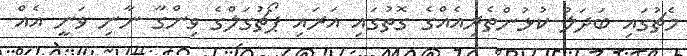
މެޗުގައި ބަދަލު ކުޅުންތެރިއެއްގެ ގޮތުގައި އަރައި ޕޯޗުގަލްގެ ވިންގާ ނާނި ވަނީ އެއް